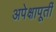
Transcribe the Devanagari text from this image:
अपेक्षापूर्ती